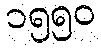
၁၅၅၀